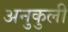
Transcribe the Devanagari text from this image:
अनुकुली